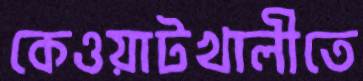
কেওয়াটখালীতে